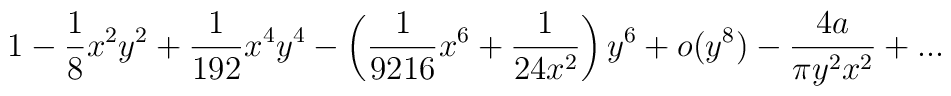
1 - \frac {1}{8} x^2 y^2 + \frac {1}{192} x^4 y^4- \left(\frac {1}{9216} x^6 + \frac {1} {24 x^2} \right)y^6 + o(y^8)- \frac {4 a} {\pi y^2 x^2} + ...